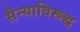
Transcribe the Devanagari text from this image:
सैन्याविरूद्ध